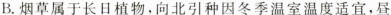
B.烟草属于长日植物，向北引种因冬季温室温度适宜，昼